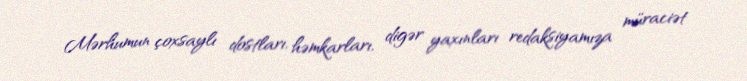
Mərhumun çoxsaylı dostları, həmkarları, digər yaxınları redaksiyamıza müraciət